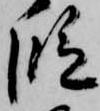
段